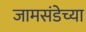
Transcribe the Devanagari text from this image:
जामसंडेच्या